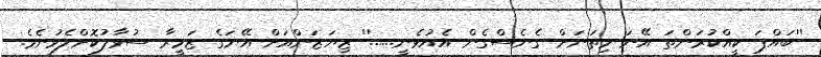
''ބައްޕަ ކީއްކުރަންތަ އޭނަ މިތަނަށް ގެނެސްގެން އެއުޅެނީ......'' ޒިޔަޒަންއަށް އޭނަގެ ޒަމީރާ ސުވާލުކޮށްލެވުނެވެ.